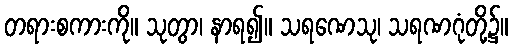
တရားစကားကို။ သုတွာ၊ နာရ၍။ သရဏေသု၊ သရဏဂုံတို့၌။